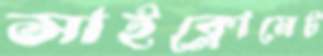
সাইক্লোমেট